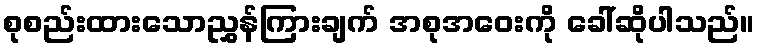
စုစည်းထားသောညွှန်ကြားချက် အစုအဝေးကို ခေါ်ဆိုပါသည်။